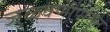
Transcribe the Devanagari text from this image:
जुळवणीपासून